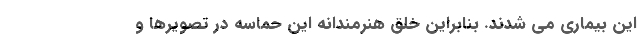
این بیماری می شدند. بنابراین خلق هنرمندانه این حماسه در تصویرها و